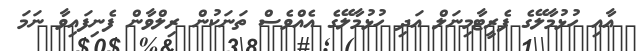
އާއި ހުޅުމާލޭގެ ފެރީޓާމިނަލް އަދި ހުޅުމާލޭގެ އެއްވެސް ތަނަކުން ރިލްވާން ފެނިފައިވާ ނަމަ